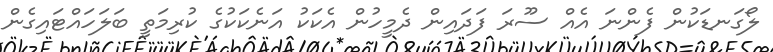
ލޯގަނޑަކުން ފެންނަ އެއް ސޫރަ ފަދައިން ދެމީހުން އެކަކު އަނެކަކުގެ ކުރިމަތީ ބަލަހައްޓައިގެން